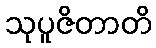
သုပူဇိတာတိ